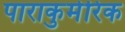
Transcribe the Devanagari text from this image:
पाराकुमेरिक